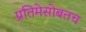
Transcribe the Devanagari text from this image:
प्रतिमेसोबतच